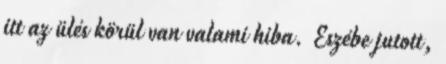
itt az ülés körül van valami hiba. Eszébe jutott,